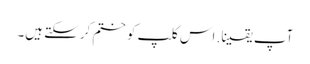
آپ یقینا. اس کلپ کو ختم کرسکتے ہیں۔